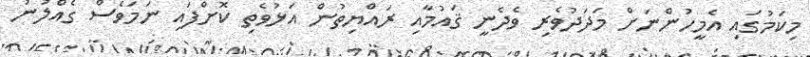
މިކަމުގައި އެމީހުންނަށް މަދަދުވެރި ވެދެނީ ޤައުމާއި ރައްޔިތުން އަޅުވެތި ކޮށްފައި ނަމަވެސް ގެއްލުނު